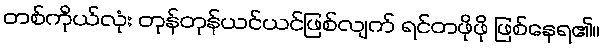
တစ်ကိုယ်လုံး တုန်တုန်ယင်ယင်ဖြစ်လျက် ရင်တဖိုဖို ဖြစ်နေရ၏။